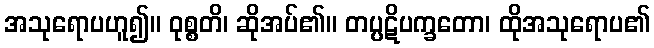
အသုရောပဟူ၍။ ဝုစ္စတိ၊ ဆိုအပ်၏။ တပ္ပဋိပက္ခတော၊ ထိုအသုရောပ၏